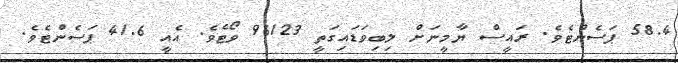
58.4 ޕަސެންޓެވެ. ރައީސް ޔާމީނަށް ލިބިވަޑައިގަތީ 96123 ވޯޓެވެ. އެއީ 41.6 ޕަސެންޓެވެ.